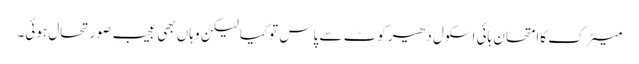
میٹرک کاامتحان ہائی اسکول دھیرکوٹ سے پاس توکیا لیکن وہاں بھی عجیب صورتحال ہوئی۔